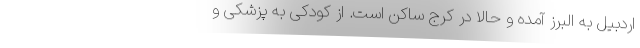
اردبیل به البرز آمده و حالا در کرج ساکن است. از کودکی به پزشکی و